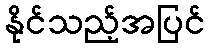
နိုင်သည့်အပြင်